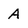
Character: A